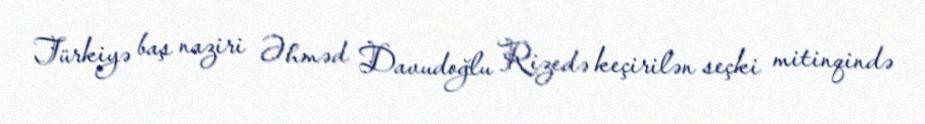
Türkiyə baş naziri Əhməd Davudoğlu Rizedə keçirilən seçki mitinqində